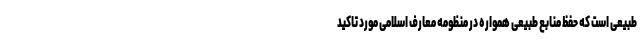
طبیعی است که حفظ منابع طبیعی همواره در منظومه معارف اسلامی مورد تاکید